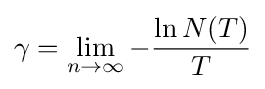
\gamma =\lim _{n\rightarrow \infty }-{\frac {\ln N(T)}{T}}